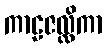
ကာဠဇလ္လိကာ